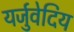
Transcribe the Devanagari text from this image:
यर्जुवेदिय